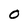
Character: O